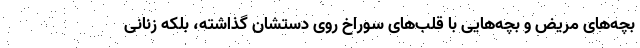
بچه‌های مریض و بچه‌هایی با قلب‌های سوراخ روی دستشان گذاشته، بلکه زنانی